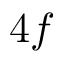
4 f